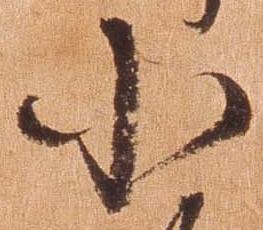
小